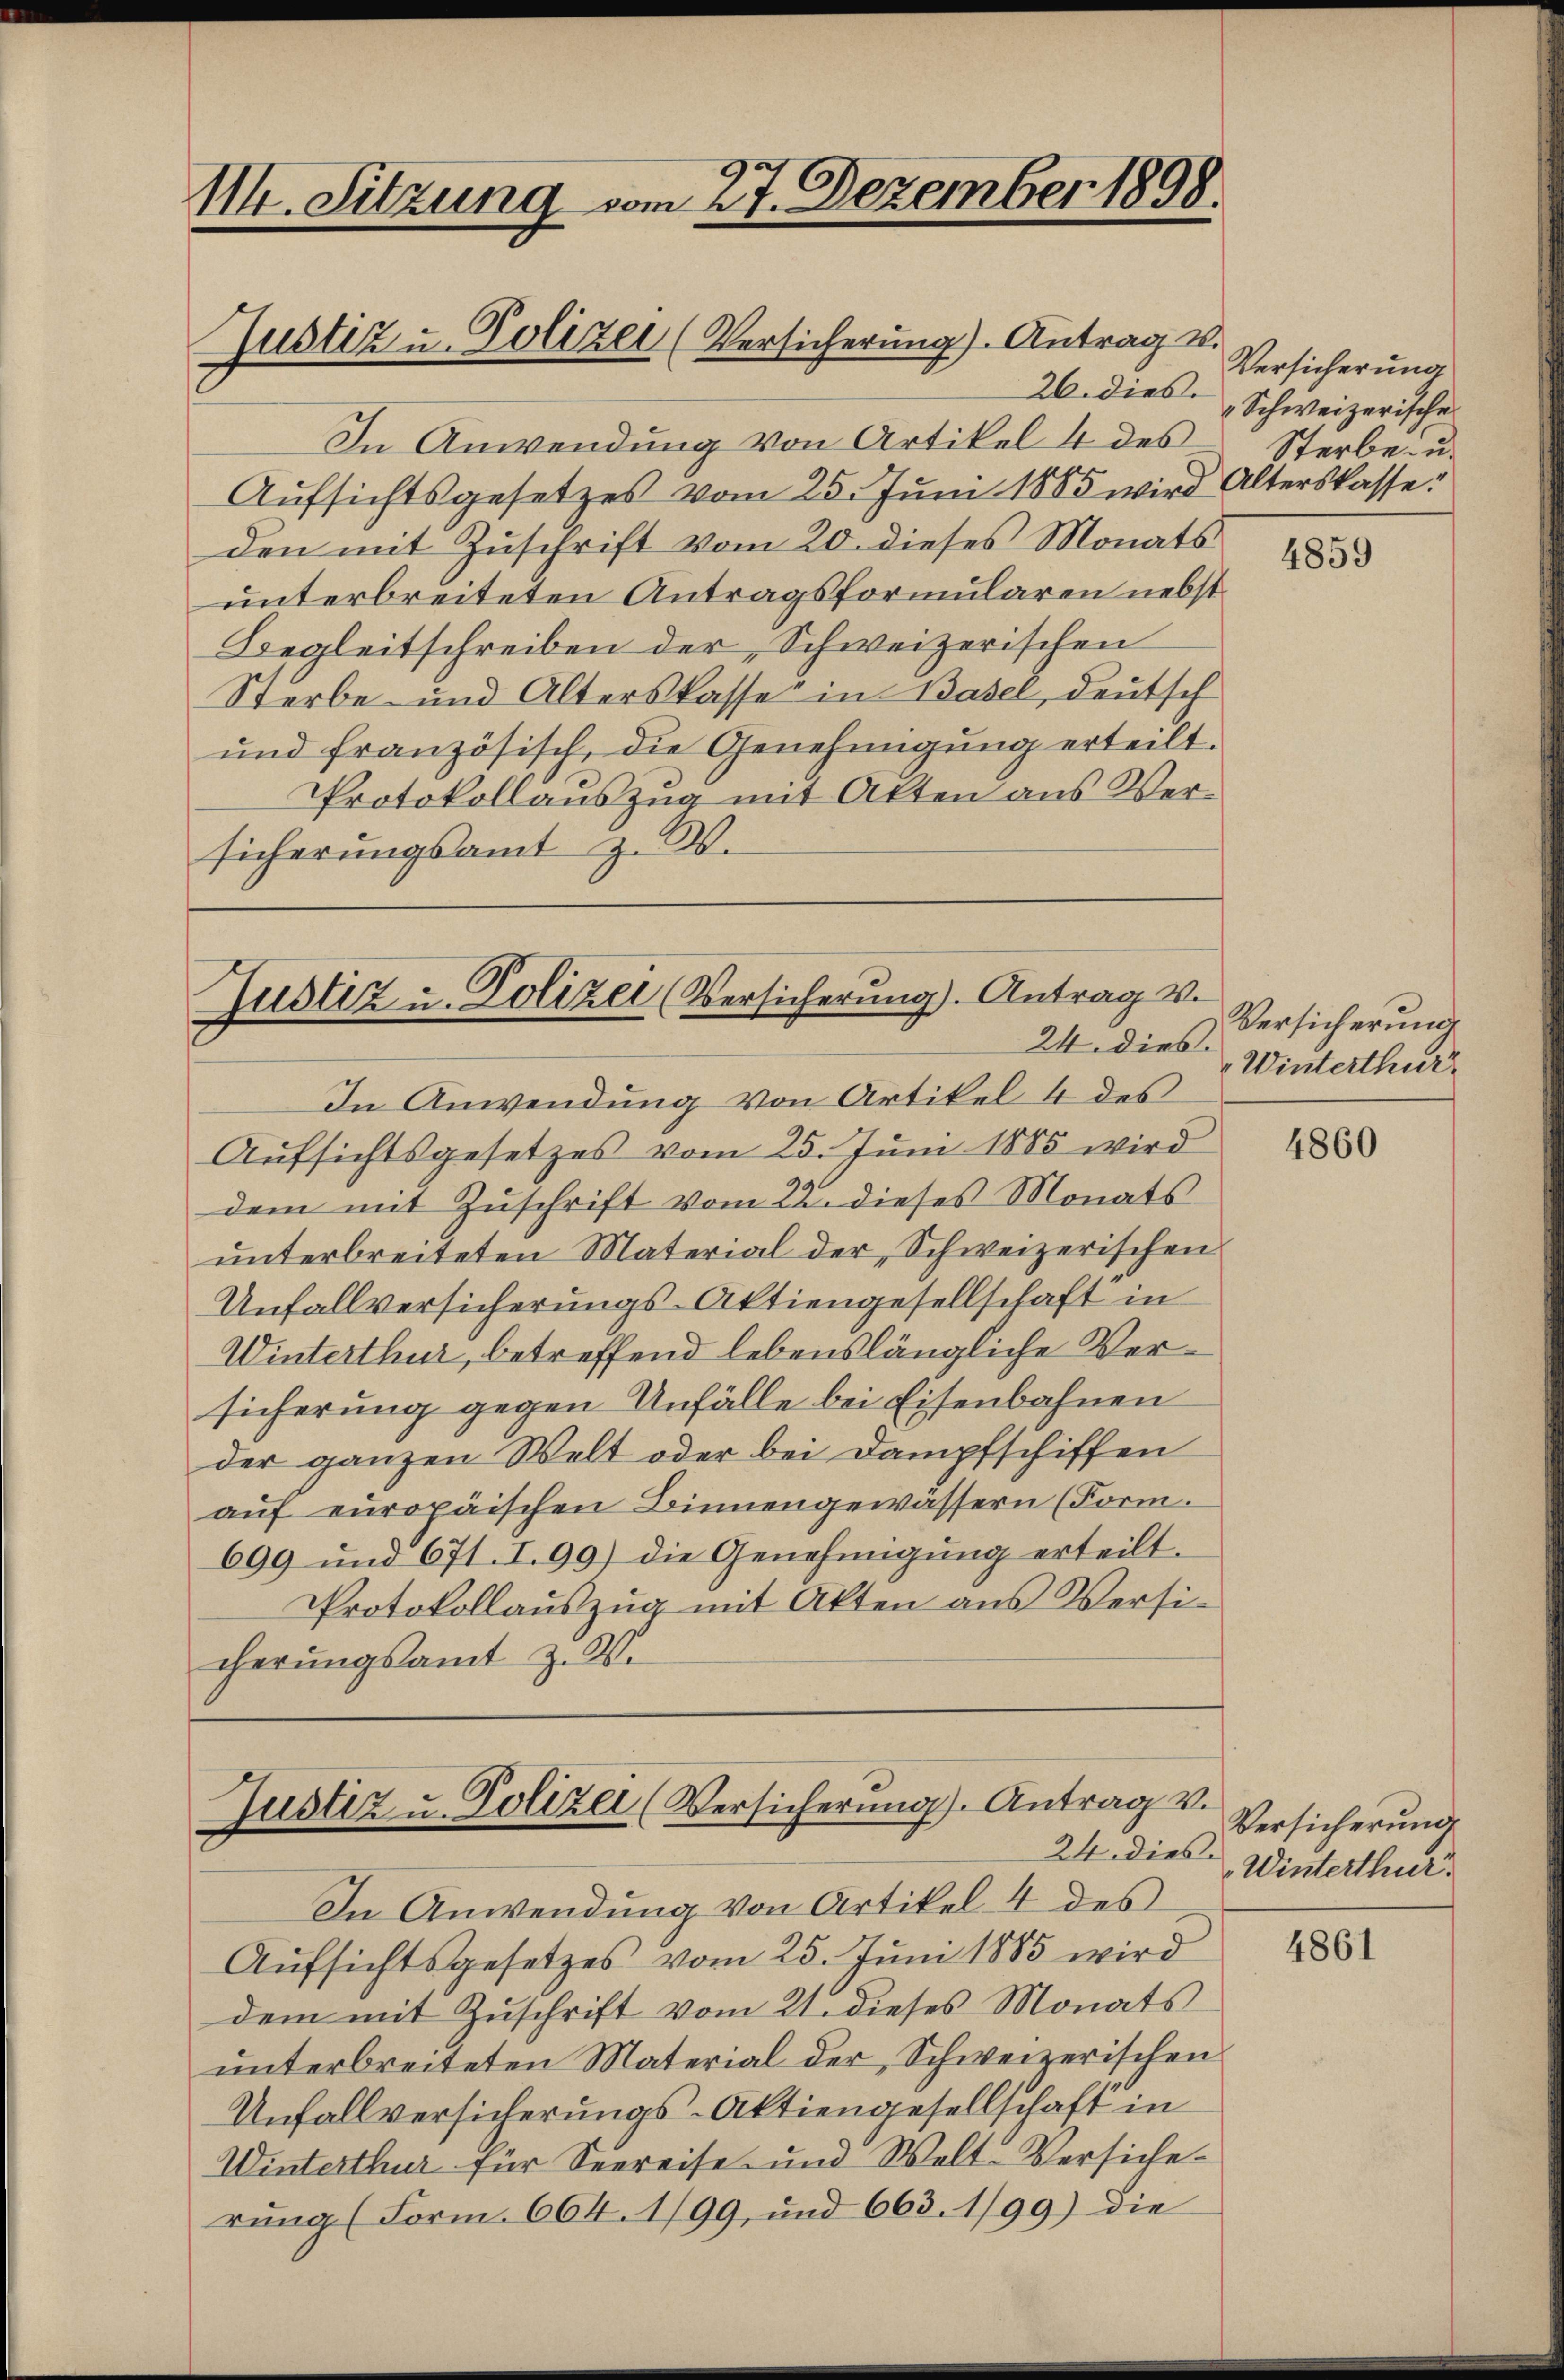
114. Sitzung vom 27. Dezember 1898.

Justiz u. Polizei (Versicherung). Antrag v.

26. dies.
In Anwendung von Artikel 4 des
Aufsichtsgesetzes vom 25. Juni 1885 wird Alterskasse:
den mit Zuschrift vom 20. dieses Monats
unterbreiteten Antragsformularen nebst
Begleitschreiben der Schweizerischen
Sterbe- und Alterskasse in Basel, deutsch
und französisch, die Genehmigung erteilt.
Protokollauszug mit Alten aus Versicherungsamt Z. W.

Justiz u. Polizei (Versicherung). Antrag v.
24. dies.

In Anwendung von Artikel 4 des
Aufsichtsgesetzes vom 25. Juni 1885 wird
dem mit Zuschrift vom 22. dieses Monats
unterbreiteten Material der Schweizerischen
Unfallversicherungs-Aktiengesellschaft in
Winterthur, betreffend lebenslängliche Versicherung gegen Unfälle bei Eisenbahnen
der ganzen Welt oder bei Dampfschiffen
auf europäischen Binnengewassern (Form.
699 und 671. I. 99) die Genehmigung erteilt.
Protokollauszug mit Akten aus Versicherungsamt z. W.

Justiz u. Polizei (Versicherŭng. Antrag v.
24 dies

In Anwendung von Artikel 4 des
Aufsichtsgesetzes vom 25. Jŭni 1885 wird
dem mit Zuschrift vom 21. dieses Monats
unterbreiteten Material der Schweizerischen
Unfallversicherungs-Aktiengesellschaft in
Winterthur für Seereise und Welt-Versicherung (Form. 664. 1/99, und 663. 1/99) die

Versicherung
„Schweizerische
Sterbe- u.

4859

Versicherung
Winterthur

4860

Versicherung
Winterthur.

4861